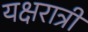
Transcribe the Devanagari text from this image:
यक्षरात्री